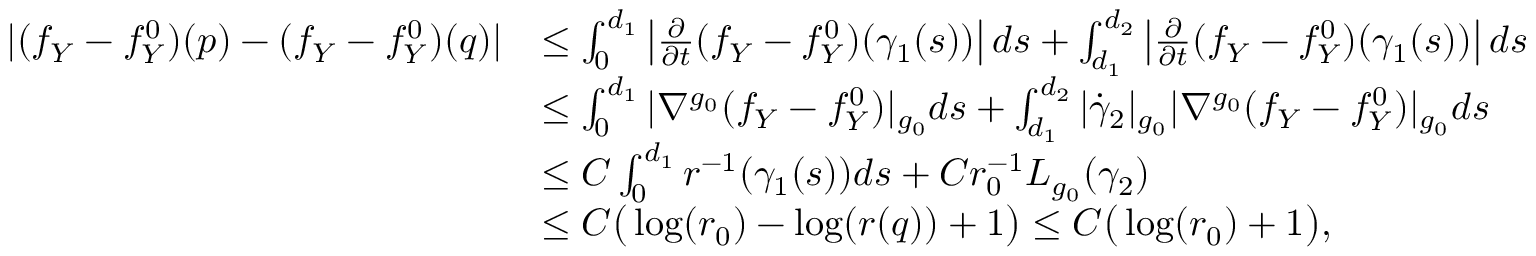
\begin{array} { r l } { | ( f _ { Y } - f _ { Y } ^ { 0 } ) ( p ) - ( f _ { Y } - f _ { Y } ^ { 0 } ) ( q ) | } & { \leq \int _ { 0 } ^ { d _ { 1 } } \left| \frac { \partial } { \partial t } ( f _ { Y } - f _ { Y } ^ { 0 } ) ( \gamma _ { 1 } ( s ) ) \right| d s + \int _ { d _ { 1 } } ^ { d _ { 2 } } \left| \frac { \partial } { \partial t } ( f _ { Y } - f _ { Y } ^ { 0 } ) ( \gamma _ { 1 } ( s ) ) \right| d s } \\ & { \leq \int _ { 0 } ^ { d _ { 1 } } | \nabla ^ { g _ { 0 } } ( f _ { Y } - f _ { Y } ^ { 0 } ) | _ { g _ { 0 } } d s + \int _ { d _ { 1 } } ^ { d _ { 2 } } | \dot { \gamma } _ { 2 } | _ { g _ { 0 } } | \nabla ^ { g _ { 0 } } ( f _ { Y } - f _ { Y } ^ { 0 } ) | _ { g _ { 0 } } d s } \\ & { \leq C \int _ { 0 } ^ { d _ { 1 } } r ^ { - 1 } ( \gamma _ { 1 } ( s ) ) d s + C r _ { 0 } ^ { - 1 } L _ { g _ { 0 } } ( \gamma _ { 2 } ) } \\ & { \leq C \big ( \log ( r _ { 0 } ) - \log ( r ( q ) ) + 1 \big ) \leq C \big ( \log ( r _ { 0 } ) + 1 \big ) , } \end{array}